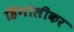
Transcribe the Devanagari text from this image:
हिंगोलीकर